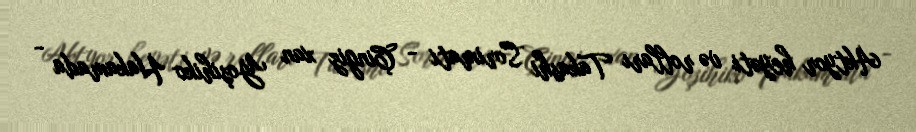
Aktyor heyəti və rolları Takashi Sorimati - Çingiz xan Yoşihiko Hakamada -